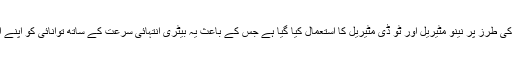
سائنس دانوں نے اس بیٹری کو سپر کیپیسٹر کا نام دیا ہے، اس کی تیار ی میں گرافین کی طرز پر نینو مٹیریل اور ٹو ڈی مٹیریل کا استعمال کیا گیا ہے جس کے باعث یہ بیٹری انتہائی سرعت کے ساتھ توانائی کو اپنے اندر جذب کرلیتی ہے لیکن اس میں موجود توانائی ختم ہونے میں ہفتوں لگے جاتے ہیں۔